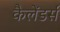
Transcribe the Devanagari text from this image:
कैलेंडर्स